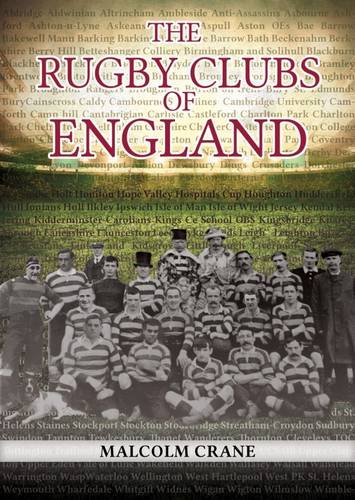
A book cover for The Rugby Clubs of England; Malcolm Crane; Sports & Outdoors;